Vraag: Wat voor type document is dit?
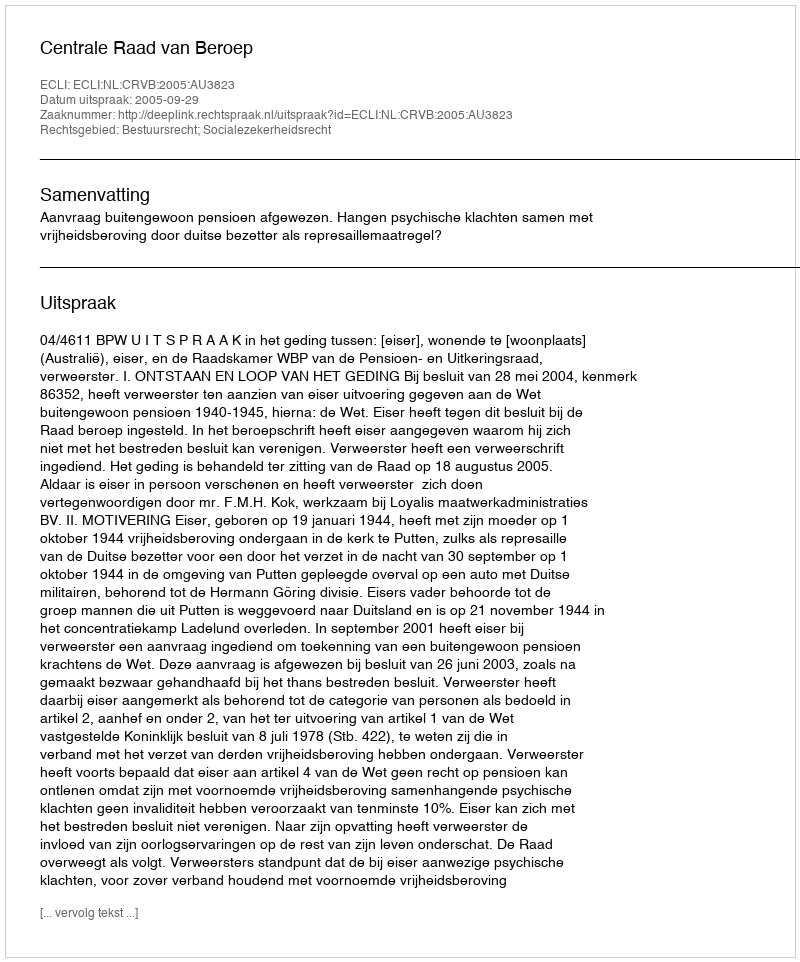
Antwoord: Uitspraak